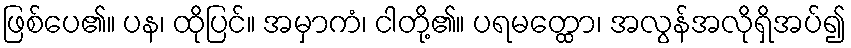
ဖြစ်ပေ၏။ ပန၊ ထိုပြင်။ အမှာကံ၊ ငါတို့၏။ ပရမတ္ထော၊ အလွန်အလိုရှိအပ်၍